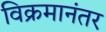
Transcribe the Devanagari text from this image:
विक्रमानंतर